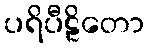
ပရိပီဠိတော